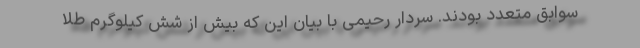
سوابق متعدد بودند. سردار رحیمی با بیان این که بیش از شش کیلوگرم طلا